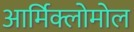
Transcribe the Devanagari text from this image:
आर्मिक्लोमोल